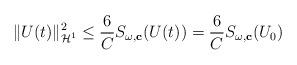
LaTeX: \begin{align*}\|U(t)\|_{\mathcal{H}^1}^2\le \frac{6}{C}S_{\omega,\mathbf{c}}(U(t))=\frac{6}{C}S_{\omega,\mathbf{c}}(U_0) \end{align*}